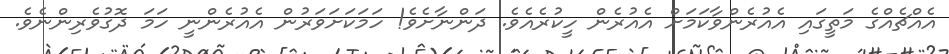
އެއްޗެއްގެ މަތީގައި އެއުރެންވާކަމަށް އެއުރެން ހީކުރެއެވެ. ދަންނާށެވެ! ހަމަކަށަވަރުން އެއުރެންނީ ހަމަ ދޮގުވެރިންނެވެ.